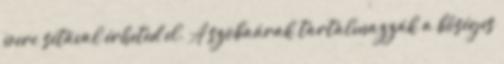
perc sétával érheted el. A szobaárak tartalmazzák a bőséges